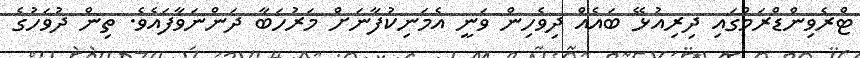
ޓްރެވިންޑްރަމްގައި ދިރިއުޅޭ ބައެއް ދިވެހިން ވަނީ އެމަނިކުފާނަށް މަރުހަބާ ދަންނަވާފައެވެ. ތިން ދުވަހުގެ